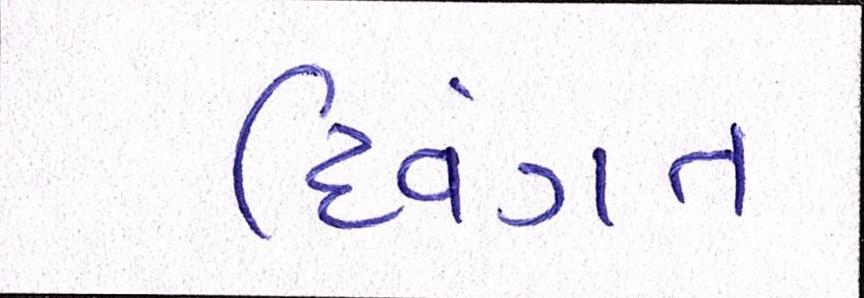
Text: દિવંગત